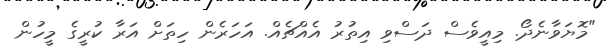
"މޮޔަވާނެދޯ. މިއީވެސް ދަސްވި އިތުރު އެއްޗެއް. އަހަރެން ހިތަށް އަރާ ކުރީގެ މީހުން